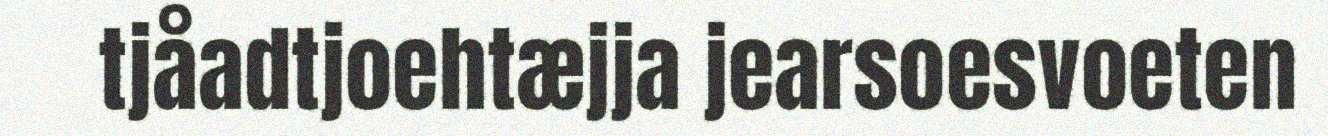
tjåadtjoehtæjja jearsoesvoeten